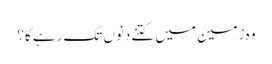
وہ زمین میں کتنے دنوں تک رہے گا؟